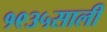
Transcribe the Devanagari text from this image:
१९३५साली